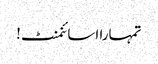
تمہارا اسائنمنٹ!